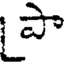
పా